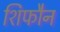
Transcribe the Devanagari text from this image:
शिफौन